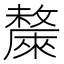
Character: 斄